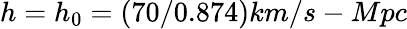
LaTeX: h=h_{0}=(70/0.874)km/s-Mpc